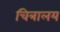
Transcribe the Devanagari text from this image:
चित्रालय